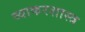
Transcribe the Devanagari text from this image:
व्याकरशास्त्र